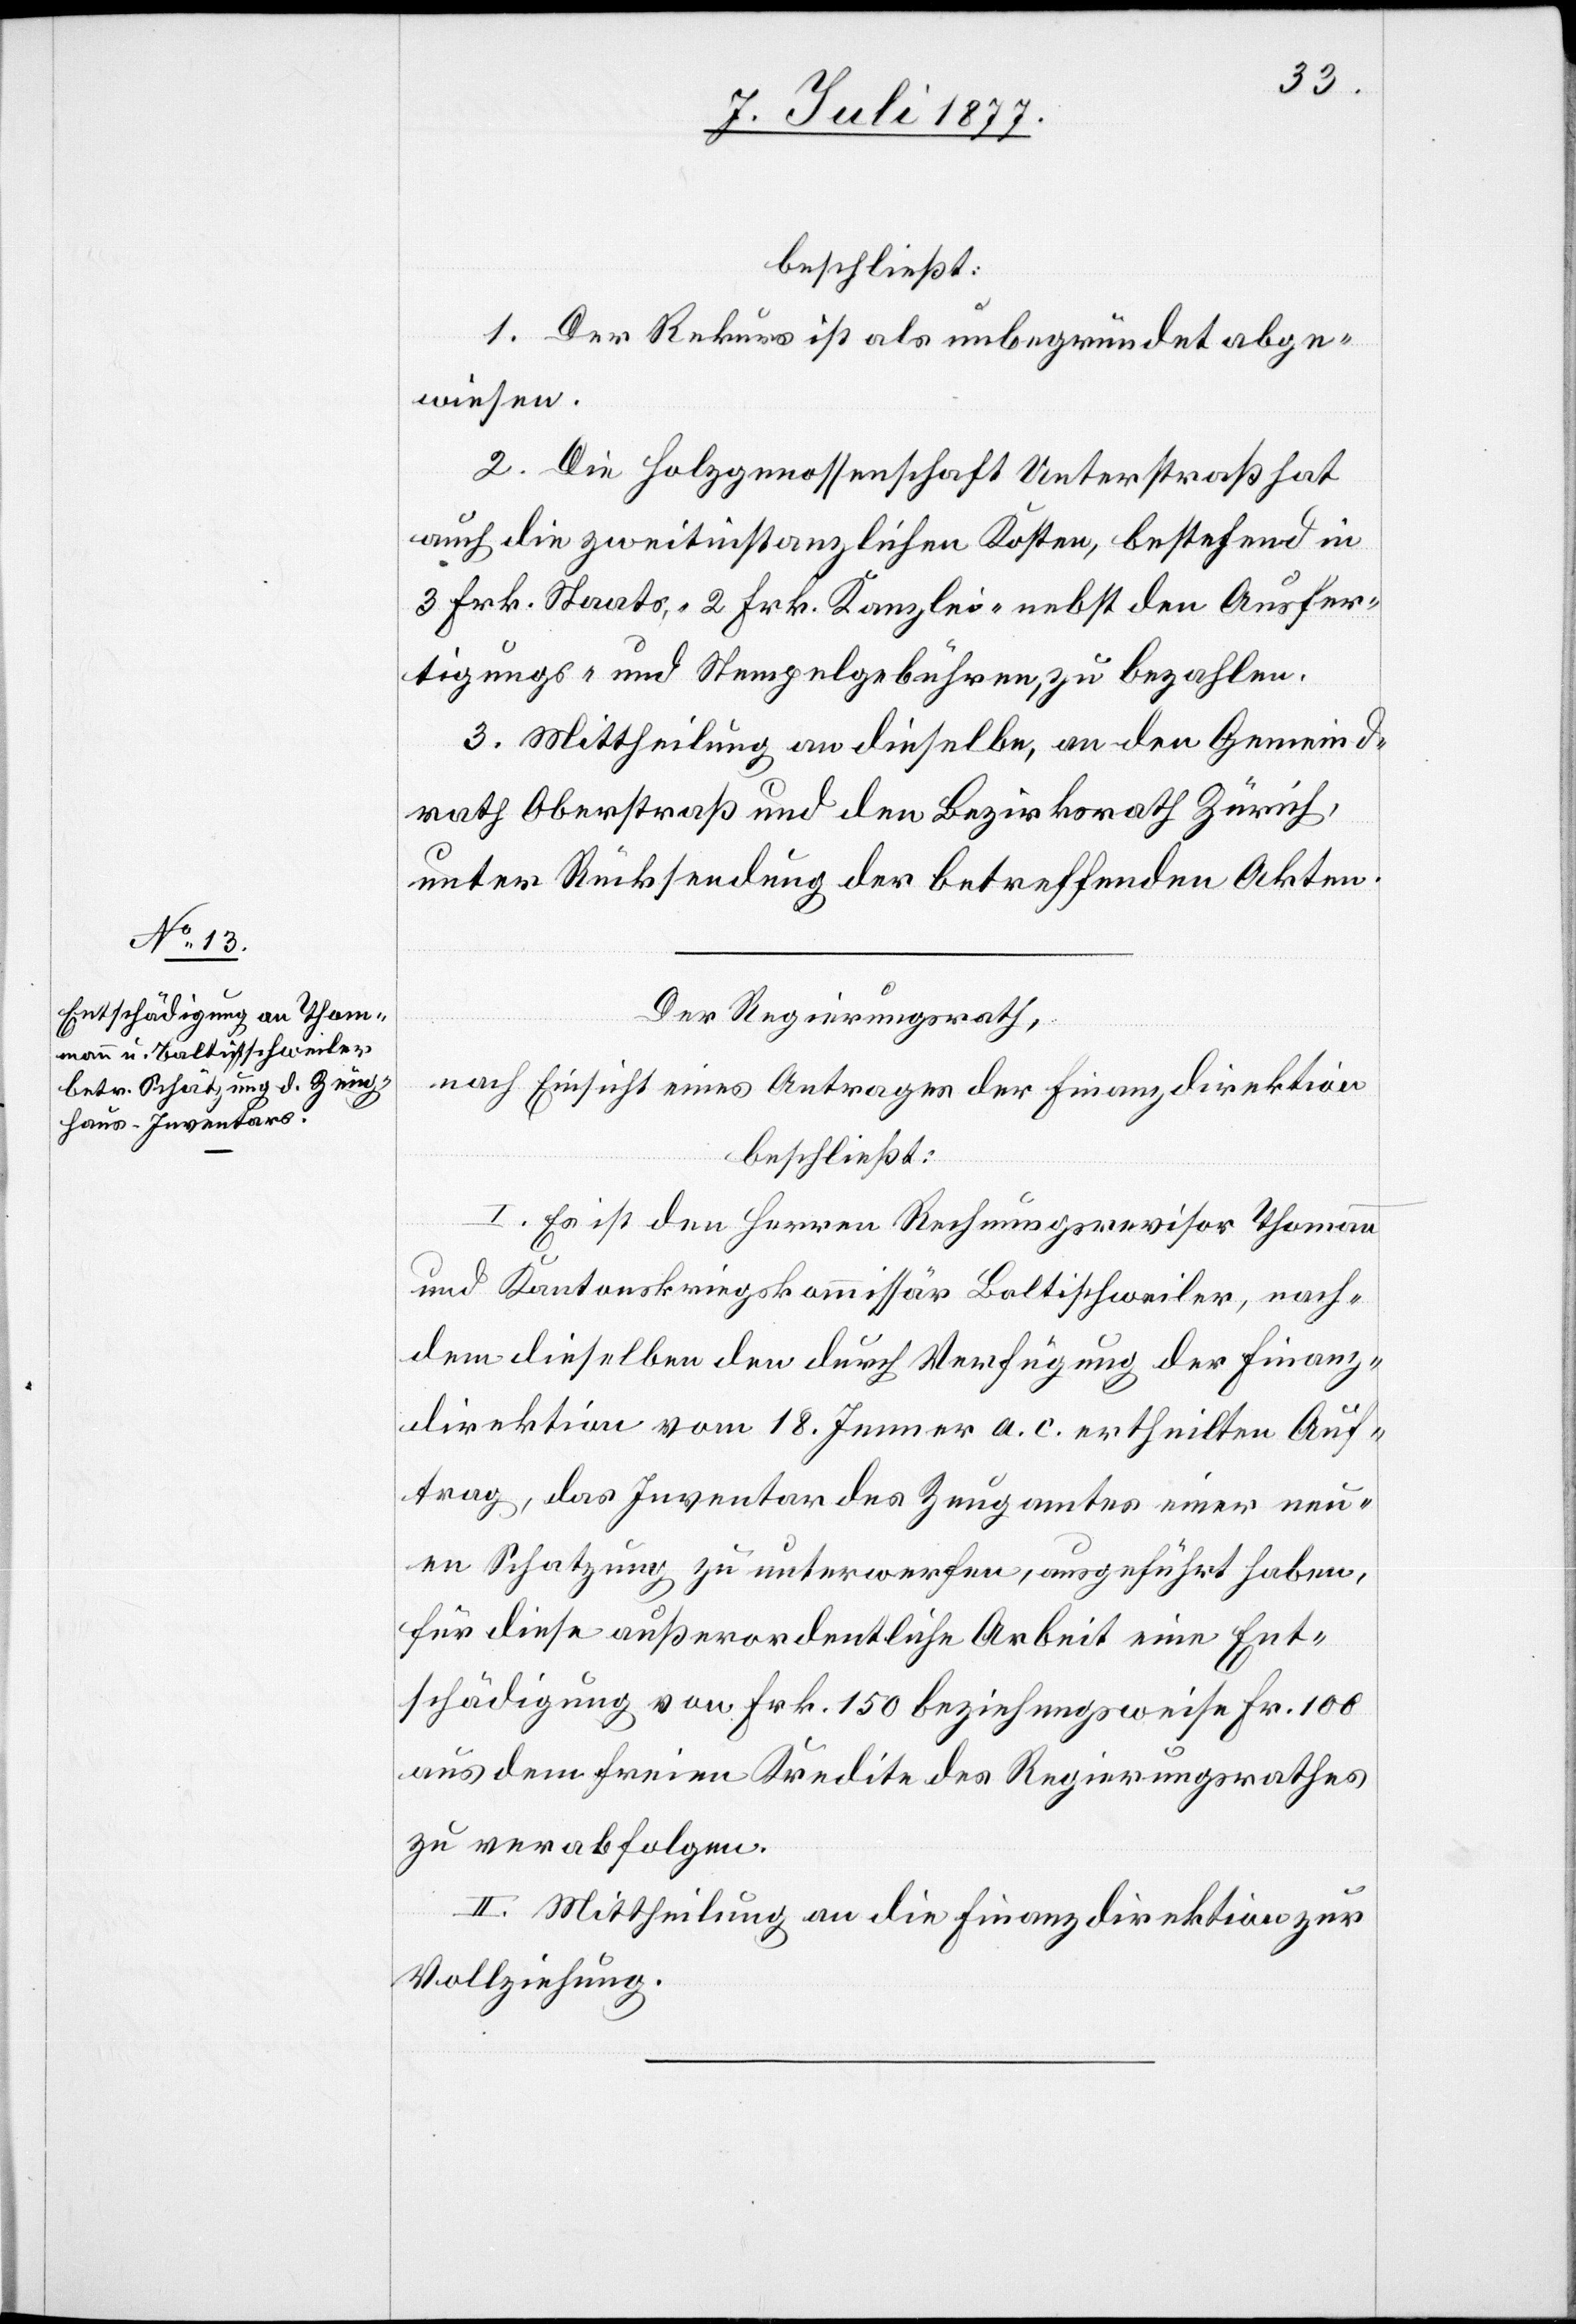
beschließt:
1. Der Rekurs ist als unbegründet abge¬
wiesen.
2. Die Holzgenossenschaft Unterstraß hat
auch die zweitinstanzlichen Kosten, bestehend in
3 Frk. Staats-, 2 Frk. Kanzlei-[,] nebst den Ausfer¬
tigungs- und Stempelgebühren, zu bezahlen.
3. Mittheilung an dieselbe, an den Gemeind¬
rath Oberstraß und den Bezirksrath Zürich,
unter Rücksendung der betreffenden Akten.
Der Regierungsrath,
nach Einsicht eines Antrages der Finanzdirektion
beschließt:
I. Es ist den Herren Rechnungsrevisor Thomann
und Kantonskriegskommissär Baltischweiler, nach¬
dem dieselben den durch Verfügung der Finanz¬
direktion vom 18. Jenner a. c. ertheilten Auf¬
trag, das Inventar des Zeugamtes einer neu¬
en Schatzung zu unterwerfen, ausgeführt haben,
für diese außerordentliche Arbeit eine Ent¬
schädigung von Frk. 150 beziehungsweise Fr. 100
aus dem freien Kredite des Regierungsrathes
zu verabfolgen.
II. Mittheilung an die Finanzdirektion zur
Vollziehung.